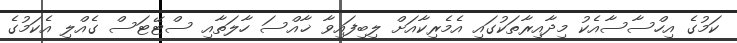
ކަމުގެ އިހްސާސާއެކު މިދާއިރާތަކުގައި އެމެރިކާއަށް ލިބިފައިވާ ޚާއްސަ ހާލަތާއި ސްޓޭޓަސް ގެއްލި އެކަމުގެ